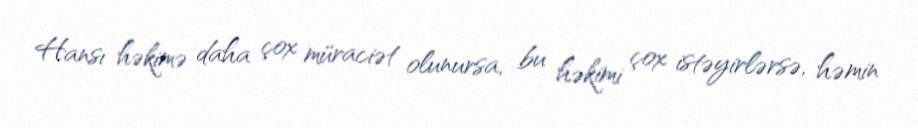
Hansı həkimə daha çox müraciət olunursa, bu həkimi çox istəyirlərsə, həmin